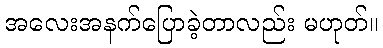
အလေးအနက်ပြောခဲ့တာလည်း မဟုတ်။